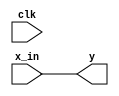
module channel(
    input clk,
    input signed [17:0] x_in,
    output reg signed [17:0] y
);

always @ *
y <= x_in;
endmodule